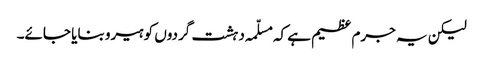
لیکن یہ جرم عظیم ہے کہ مسلّمہ دہشت گردوں کو ہیرو بنایا جائے۔